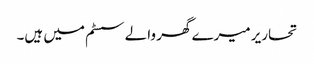
تحاریر میرے گھر والے سسٹم میں ہیں۔